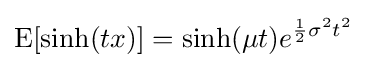
\operatorname {E} [\sinh(tx)]=\sinh(\mu t)e^{{\frac {1}{2}}\sigma ^{2}t^{2}}